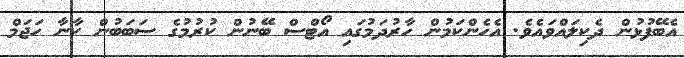
އެބޭފުޅުން ދެކިލައްވައެވެ. އެހެންކަމުން ހާރުދަމުގައި އޯޓްސް ބޭނުން ކުރުމުގެ ސަބަބުން ކާނާ ހަޖަމް